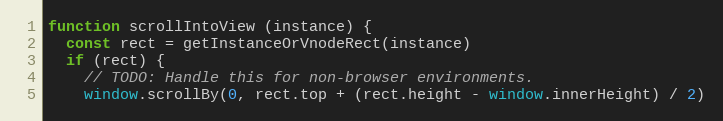
Language: JavaScript
function scrollIntoView (instance) {
  const rect = getInstanceOrVnodeRect(instance)
  if (rect) {
    // TODO: Handle this for non-browser environments.
    window.scrollBy(0, rect.top + (rect.height - window.innerHeight) / 2)